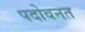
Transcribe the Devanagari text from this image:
पदोवनत